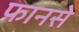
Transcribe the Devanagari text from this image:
फानसे